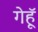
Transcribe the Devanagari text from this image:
गेहूॅ